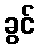
ခွင်